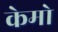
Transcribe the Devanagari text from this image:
केमो